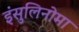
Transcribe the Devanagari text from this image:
इंसुलिनोमा